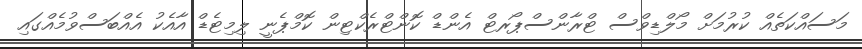
މަސައްކަތެއް ކުރުމަށް މޯލްޑިވްސް ޓްރާންސްޕޯރޓް އެންޑް ކޮންޓްރެކްޓިން ކޮމްޕެނީ ލިމިޓެޑް އާއެކު އެއްބަސްވުމެއްގައި